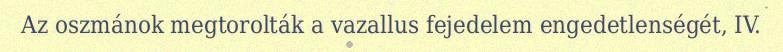
Az oszmánok megtorolták a vazallus fejedelem engedetlenségét, IV.